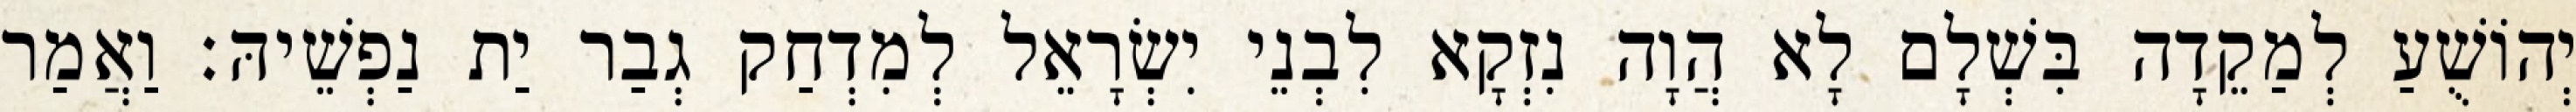
יְהוֹשֻׁעַ לְמַקֵדָה בִּשְׁלָם לָא הֲוָה נִזְקָא לִבְנֵי יִשְׂרָאֵל לְמִדְחַק גְבַר יַת נַפְשֵׁיהּ׃ וַאֲמַר